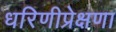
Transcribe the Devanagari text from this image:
धरिणीप्रेक्षणा